Report of the Indian Hemp Drugs Commission, 1894-1895 - Volume IV
Year: 1894
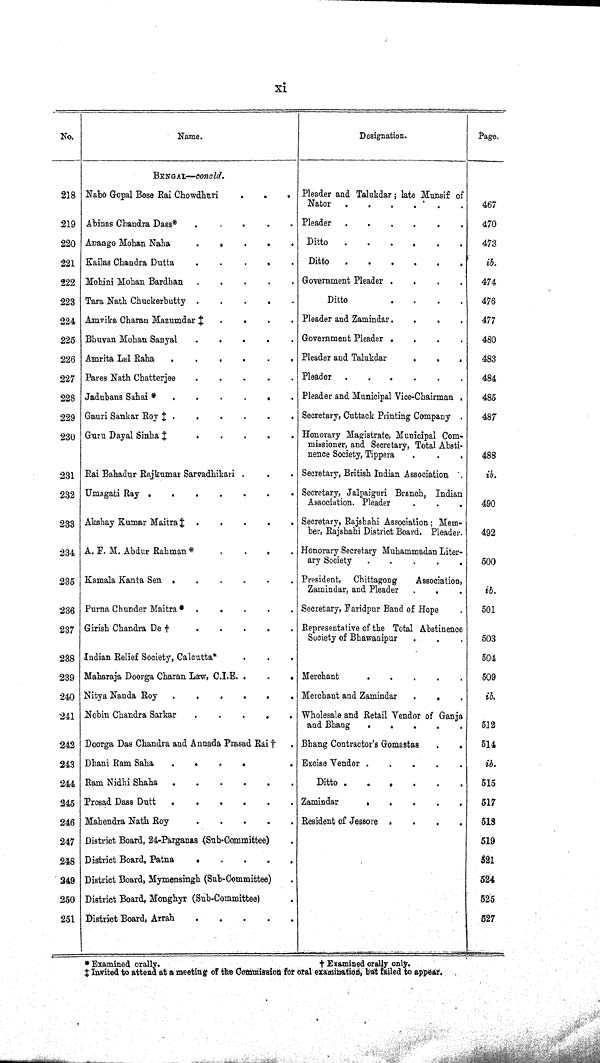
xi
No.
Name.
Designation.
Page.
BENGAL — concld.
218 Nabo Gopal Bose Rai Chowdhuri
Pleader and Talukdar; late Munsif of
Nator.
467
219 Abinas Chandra Dass*
Pleader
470
220 Anango Mohan Naha
Ditto
473
221 Kailas Chandra Dutta
Ditto
ib.
222 Mohini Mohan Bardhan
Government Pleader
474
223 Tara Nath Chuckerbutty
Ditto
476
224 Amvika Charan Mazumdar
‡ Pleader and
Zamindar
477
225 Bhuvan Mohan Sanyal
Government Pleader
480
226 Amrita Lal Raha
Pleader and Talukdar
483
227 Pares Nath Chatterjee
Pleader
484
228 Jadubans Sahai *
Pleader and Municipal Vice-Chairman
485
229 Gauri Sankar Roy
‡ Secretary, Cuttack Printing Company
487
230 Guru Dayal Sinha
‡ Honorary Magistrate, Municipal Com¬
missioner, and Secretary, Total Absti¬
nence Society, Tippera
488
231 Rai Bahadur Rajkumar Sarvadhikari
Secretary, British Indian Association
ib.
232 Umagati Ray
Secretary, Jalpaiguri Branch, Indian
Association. Pleader
490
233 Akshay Kumar Maitra
‡ Secretary, Rajshahi Association; Mem¬
ber, Rajshahi District Board. Pleader.
492
234 A. F. M. Abdur Rahman *
Honorary Secretary Muhammadan Liter¬
ary Society
500
235 Kamala Kanta Sen
President, Chittagong
Association,
Zamindar, and Pleader
ib.
236 Purna Chunder Maitra *
Secretary, Faridpur Band of Hope
501
237 Girish Chandra De †
Representative of the Total Abstinence
Society of Bhawanipur
503
238 Indian Relief Society, Calcutta*
504
239 Maharaja Doorga Charan Law, C.I.E.
Merchant
509
240 Nitya Nanda Roy
Merchant and Zamindar
ib.
241 Nobin Chandra Sarkar
Wholesale and Retail Vendor of Ganja
and Bhang
512
242 Doorga Das Chandra and Annada Prasad Rai
† Bhang Contractor's Gomastas
514
243 Dhani Ram Saha
Excise Vendor
ib.
244 Ram Nidhi Shaha
Ditto
515
245 Prosad Dass Dutt
Zamindar
517
246 Mahendra Nath Roy
Resident of Jessore
518
247 District Board, 24-Parganas (Sub-Committee)
519
248 District Board, Patna
521
249 District Board, Mymensingh (Sub-Committee)
524
250 District Board, Monghyr (Sub-Committee)
525
251 District Board, Arrah
527
* Examined orally.
†
Examined orally only.
‡ Invited to attend at a meeting of the Commission for oral examination, but failed to appear.